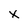
Character: x